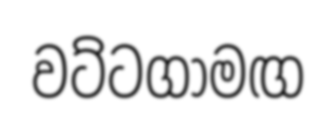
වට්ටගාමඟ